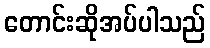
တောင်းဆိုအပ်ပါသည်